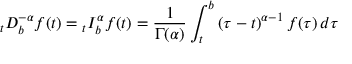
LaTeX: _ { t } D _ { b } ^ { - \alpha } f ( t ) = { } _ { t } I _ { b } ^ { \alpha } f ( t ) = { \frac { 1 } { \Gamma ( \alpha ) } } \int _ { t } ^ { b } \left( \tau - t \right) ^ { \alpha - 1 } f ( \tau ) \, d \tau